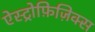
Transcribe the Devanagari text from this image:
ऐस्ट्रोफ़िज़िक्स